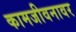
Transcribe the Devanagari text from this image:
कामजीवनावर